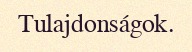
Tulajdonságok.